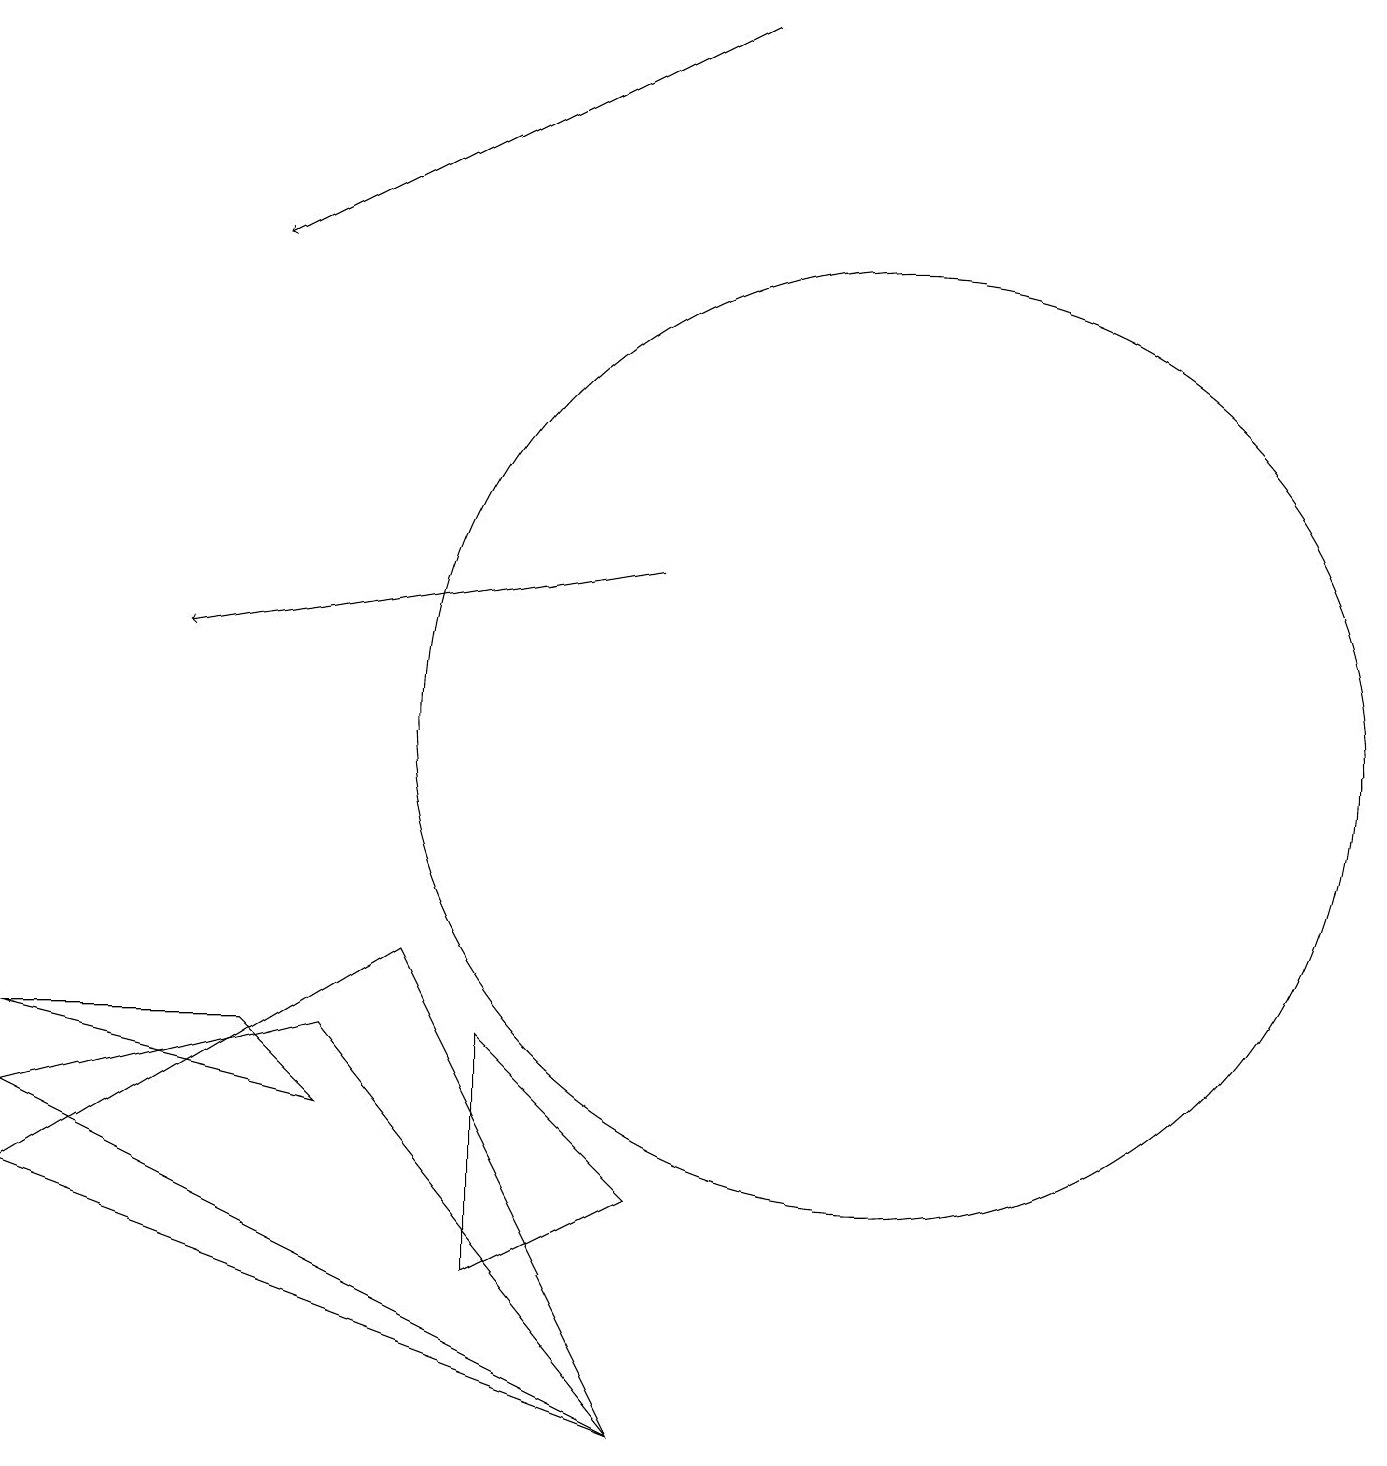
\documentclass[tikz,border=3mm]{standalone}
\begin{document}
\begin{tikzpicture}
\draw (0,6) -- (4,5) -- (3,6) -- cycle;
\draw (4,6) -- (0,5) -- (8,1) -- cycle;
\draw (8,4) -- (6,3) -- (6,6) -- cycle;
\draw (0,4) -- (8,1) -- (5,7) -- cycle;
\draw[->] (8,12) -- (2,11);
\draw[->] (9,19) -- (3,16);
\draw (11,10) circle (6);
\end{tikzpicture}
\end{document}